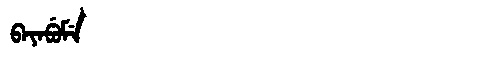
Manchu: ᠪᠠᠶᠠᠪᡠᠮᡝ
Romanization: BAYABUME